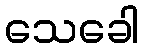
သေခေါ